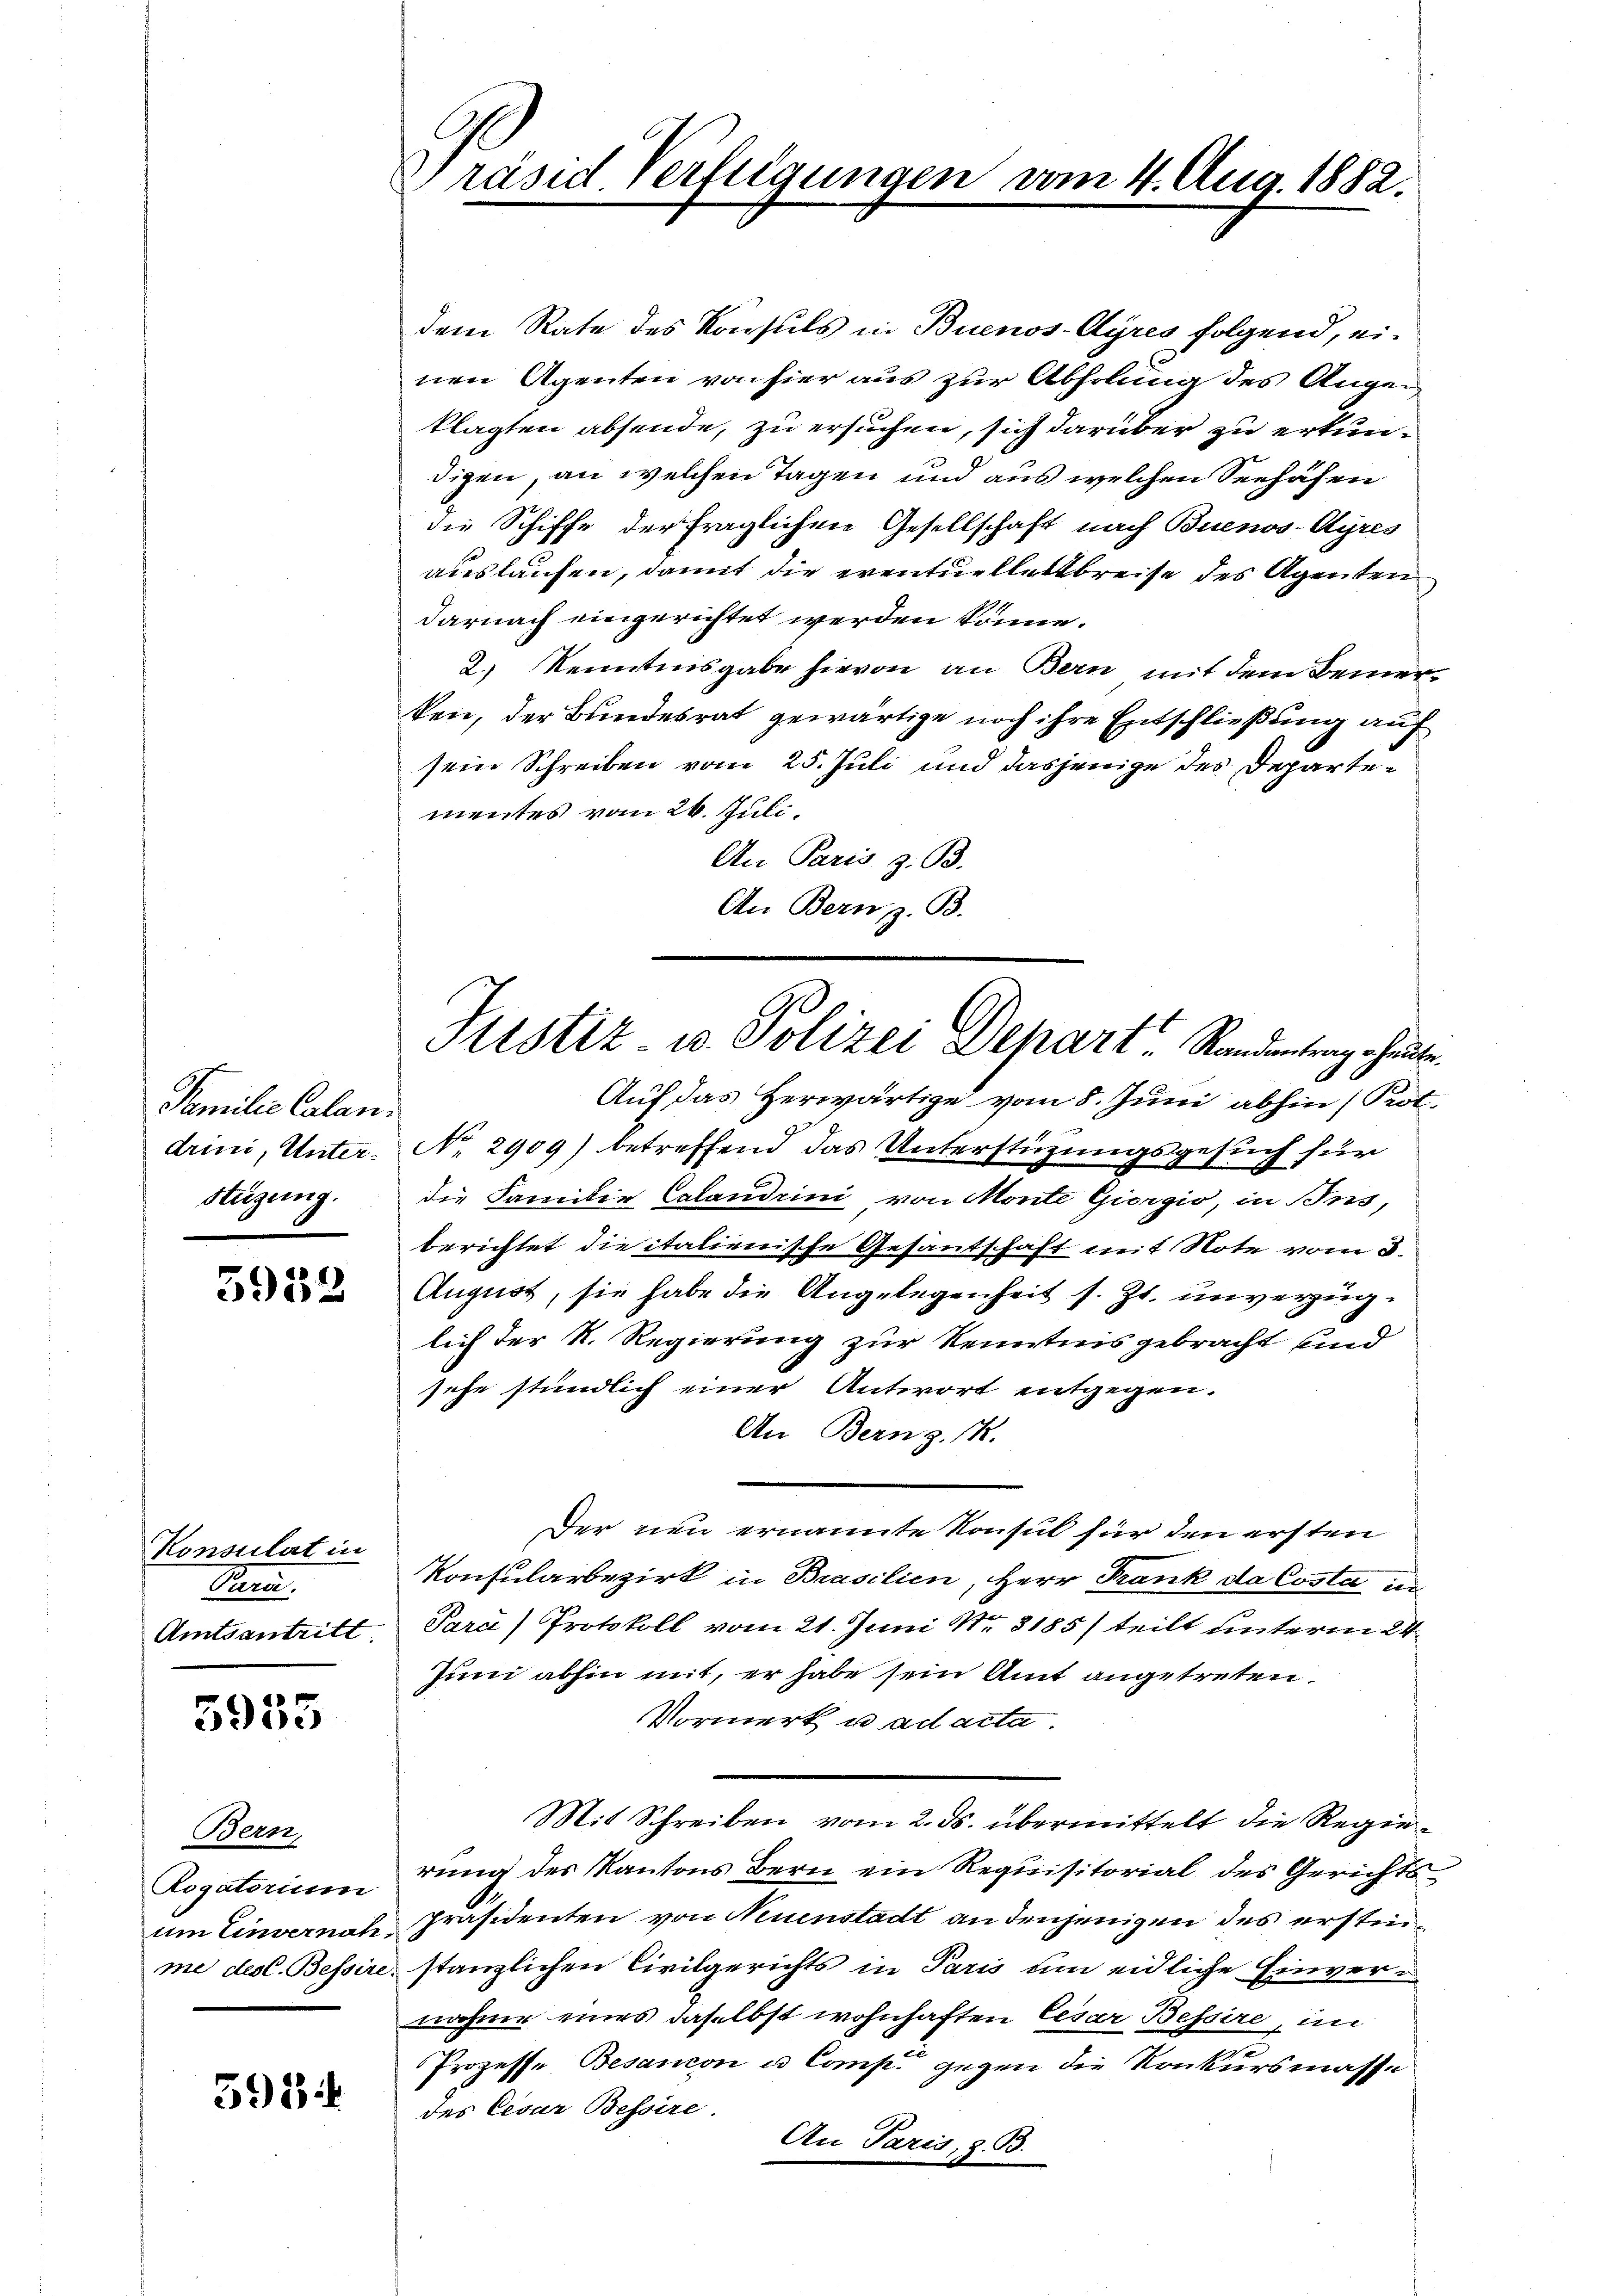
Familie Calandrini, Unter¬
Stüzung.

5952

Konsulat in
San.
Amtsantritt

5955

Bern,
Rogatorium
um Einvernah
me des C. Bessire

598

Präsid. Verfügungen vom 4. Aug. 1882.

dem Rate des Konsuls in Buenos-Ayres folgend, einen Agenten von hier aus zur Abholung des Augen
klagten absende, zu ersuchen, sich darüber zu erkundigen, an welchen Tagen und aus welchen Seehäfen
die Schiffe der fraglichen Gesellschaft nach Buenos-Ayres
auslaufen, damit die eventuelleitbreise des Agenten
darnach eingerichtet werden könne.
2.) Kenntnisgabe hievon an Bern mit dem Bemerten, der Bundesrat gewärtige noch ihre Entschließung auf
sein Schreiben vom 25. Juli und dasjenige des Departementes vom 26. Juli.
An Paris z. B.
An Bern, z. B.

Justiz u. Polizei Depart Randentrag heuten

Auf das Herwärtige vom 8. Juni abhin (Prot.
No. 2909) betreffend das Unterstützungsgesuch für
die Familie Calandrini von Monte Giorgio, in Bns,
berichtet die italienische Gesantschaft mit Note vom 3.
August, sie habe die Angelegenheit s. Zt. unverzüglich der R. Regierung zur Kenntnis gebracht sind
sehe stündlich einer Antwort entgegen.
An Bern z. K.
Der neu ernannte Konsul für den ersten
Konsularbezirk in Brasilien, Herr Frank da Costa in
Para) Protokoll vom 21. Juni Nr. 8185/ teilt unterm 24.
Juni abhin mit, er habe sein Amt angetreten.
Vormerk u. ad acta
Mit Schreiben vom 2. ds. übermittelt die Regierung des Kantons Bern ein Requisitorial des Gerichts
Präsidenten von Neuenstadt an denjenigen des erstinstanzlichen Civilgerichts in Paris um eidliche Einvernahme eines daselbst wohnhaften Cesar Bessire, im
Prozesse Besandon u Comp. gegen die Konkursmasse
des Cesar Bessire
An Paris, z. B.